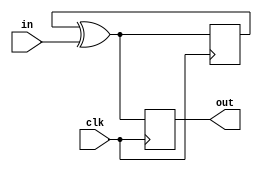
module top_module (
    input clk,
    input in, 
    output out);
    wire out1,out2;
    always @(posedge clk) begin
        out1 = out2 ^ in;
        out2 = out1;
        out = out2;
    end
endmodule